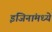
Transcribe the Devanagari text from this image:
इंजिनांमध्ये